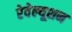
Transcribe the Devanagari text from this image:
रेवेल्यूशन